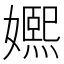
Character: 㜯